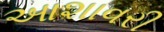
આશાવરી